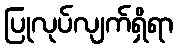
ပြုလုပ်လျက်ရှိရာ